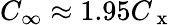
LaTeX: C_{\infty}\approx 1.95C_{\mathrm{~x~}}